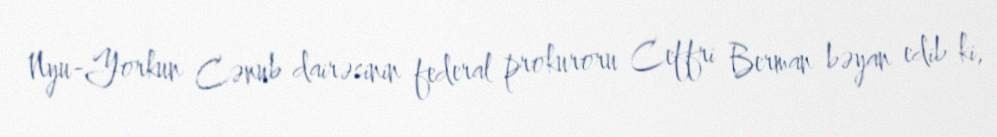
Nyu-Yorkun Cənub dairəsinin federal prokuroru Ceffri Berman bəyan edib ki,